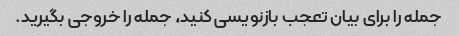
جمله را برای بیان تعجب بازنویسی کنید، جمله را خروجی بگیرید.